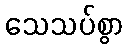
သေသပ်စွာ